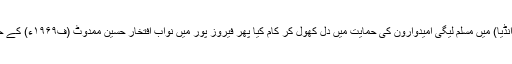
۱۹۴۶ء کے تاریخی الیکشن میں ضلع رہتک (حال مشرقی پنجاب، انڈیا) میں مسلم لیگی امیدوارون کی حمایت میں دل کھول کر کام کیا پھر فیروز پور میں نواب افتخار حسین ممدوٹ (ف۱۹۶۹ء) کے حلقہ میں اس خوبی سے کام کیا کہ مخالفین بھی عش عش کر اُٹھے۔